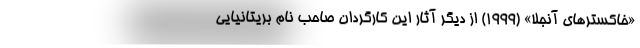
«خاکسترهای آنجلا» (۱۹۹۹) از دیگر آثار این کارگردان صاحب نام بریتانیایی